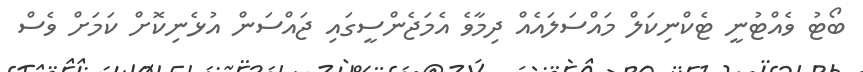
ބޯޓު ވެއްޓުނީ ޓެކްނިކަލް މައްސަލައެއް ދިމާވެ އެމަޖެންސީގައި ޖައްސަން އުޅެނިކޮށް ކަމަށް ވެސް